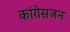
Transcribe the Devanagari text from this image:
कांग्रेसजन